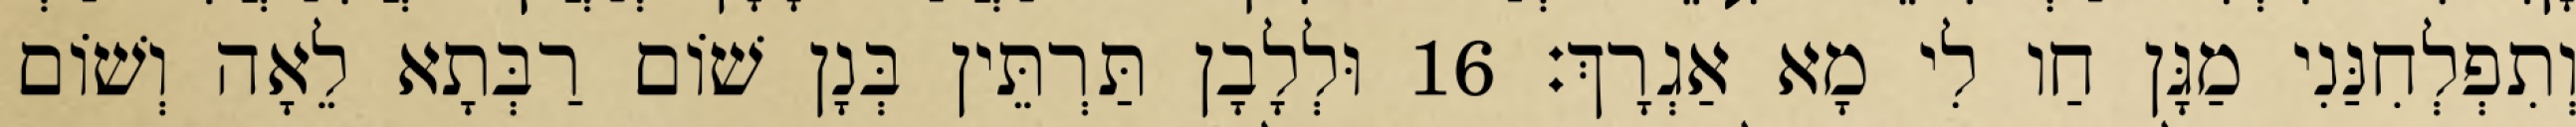
וְתִפְלְחִנַּנִי מַגָּן חַו לִי מָא אַגְרָךְ׃ 16 וּלְלָבָן תַּרְתֵּין בְּנָן שׁוֹם רַבְּתָא לֵאָה וְשׁוֹם